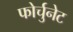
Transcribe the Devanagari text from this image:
फोर्चुनेट